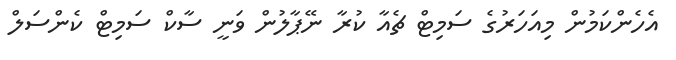
އެހެންކަމުން މިއަހަރުގެ ސަމިޓް ޗެއާ ކުރާ ނޭޕާލުން ވަނީ ސާކް ސަމިޓް ކެންސަލް